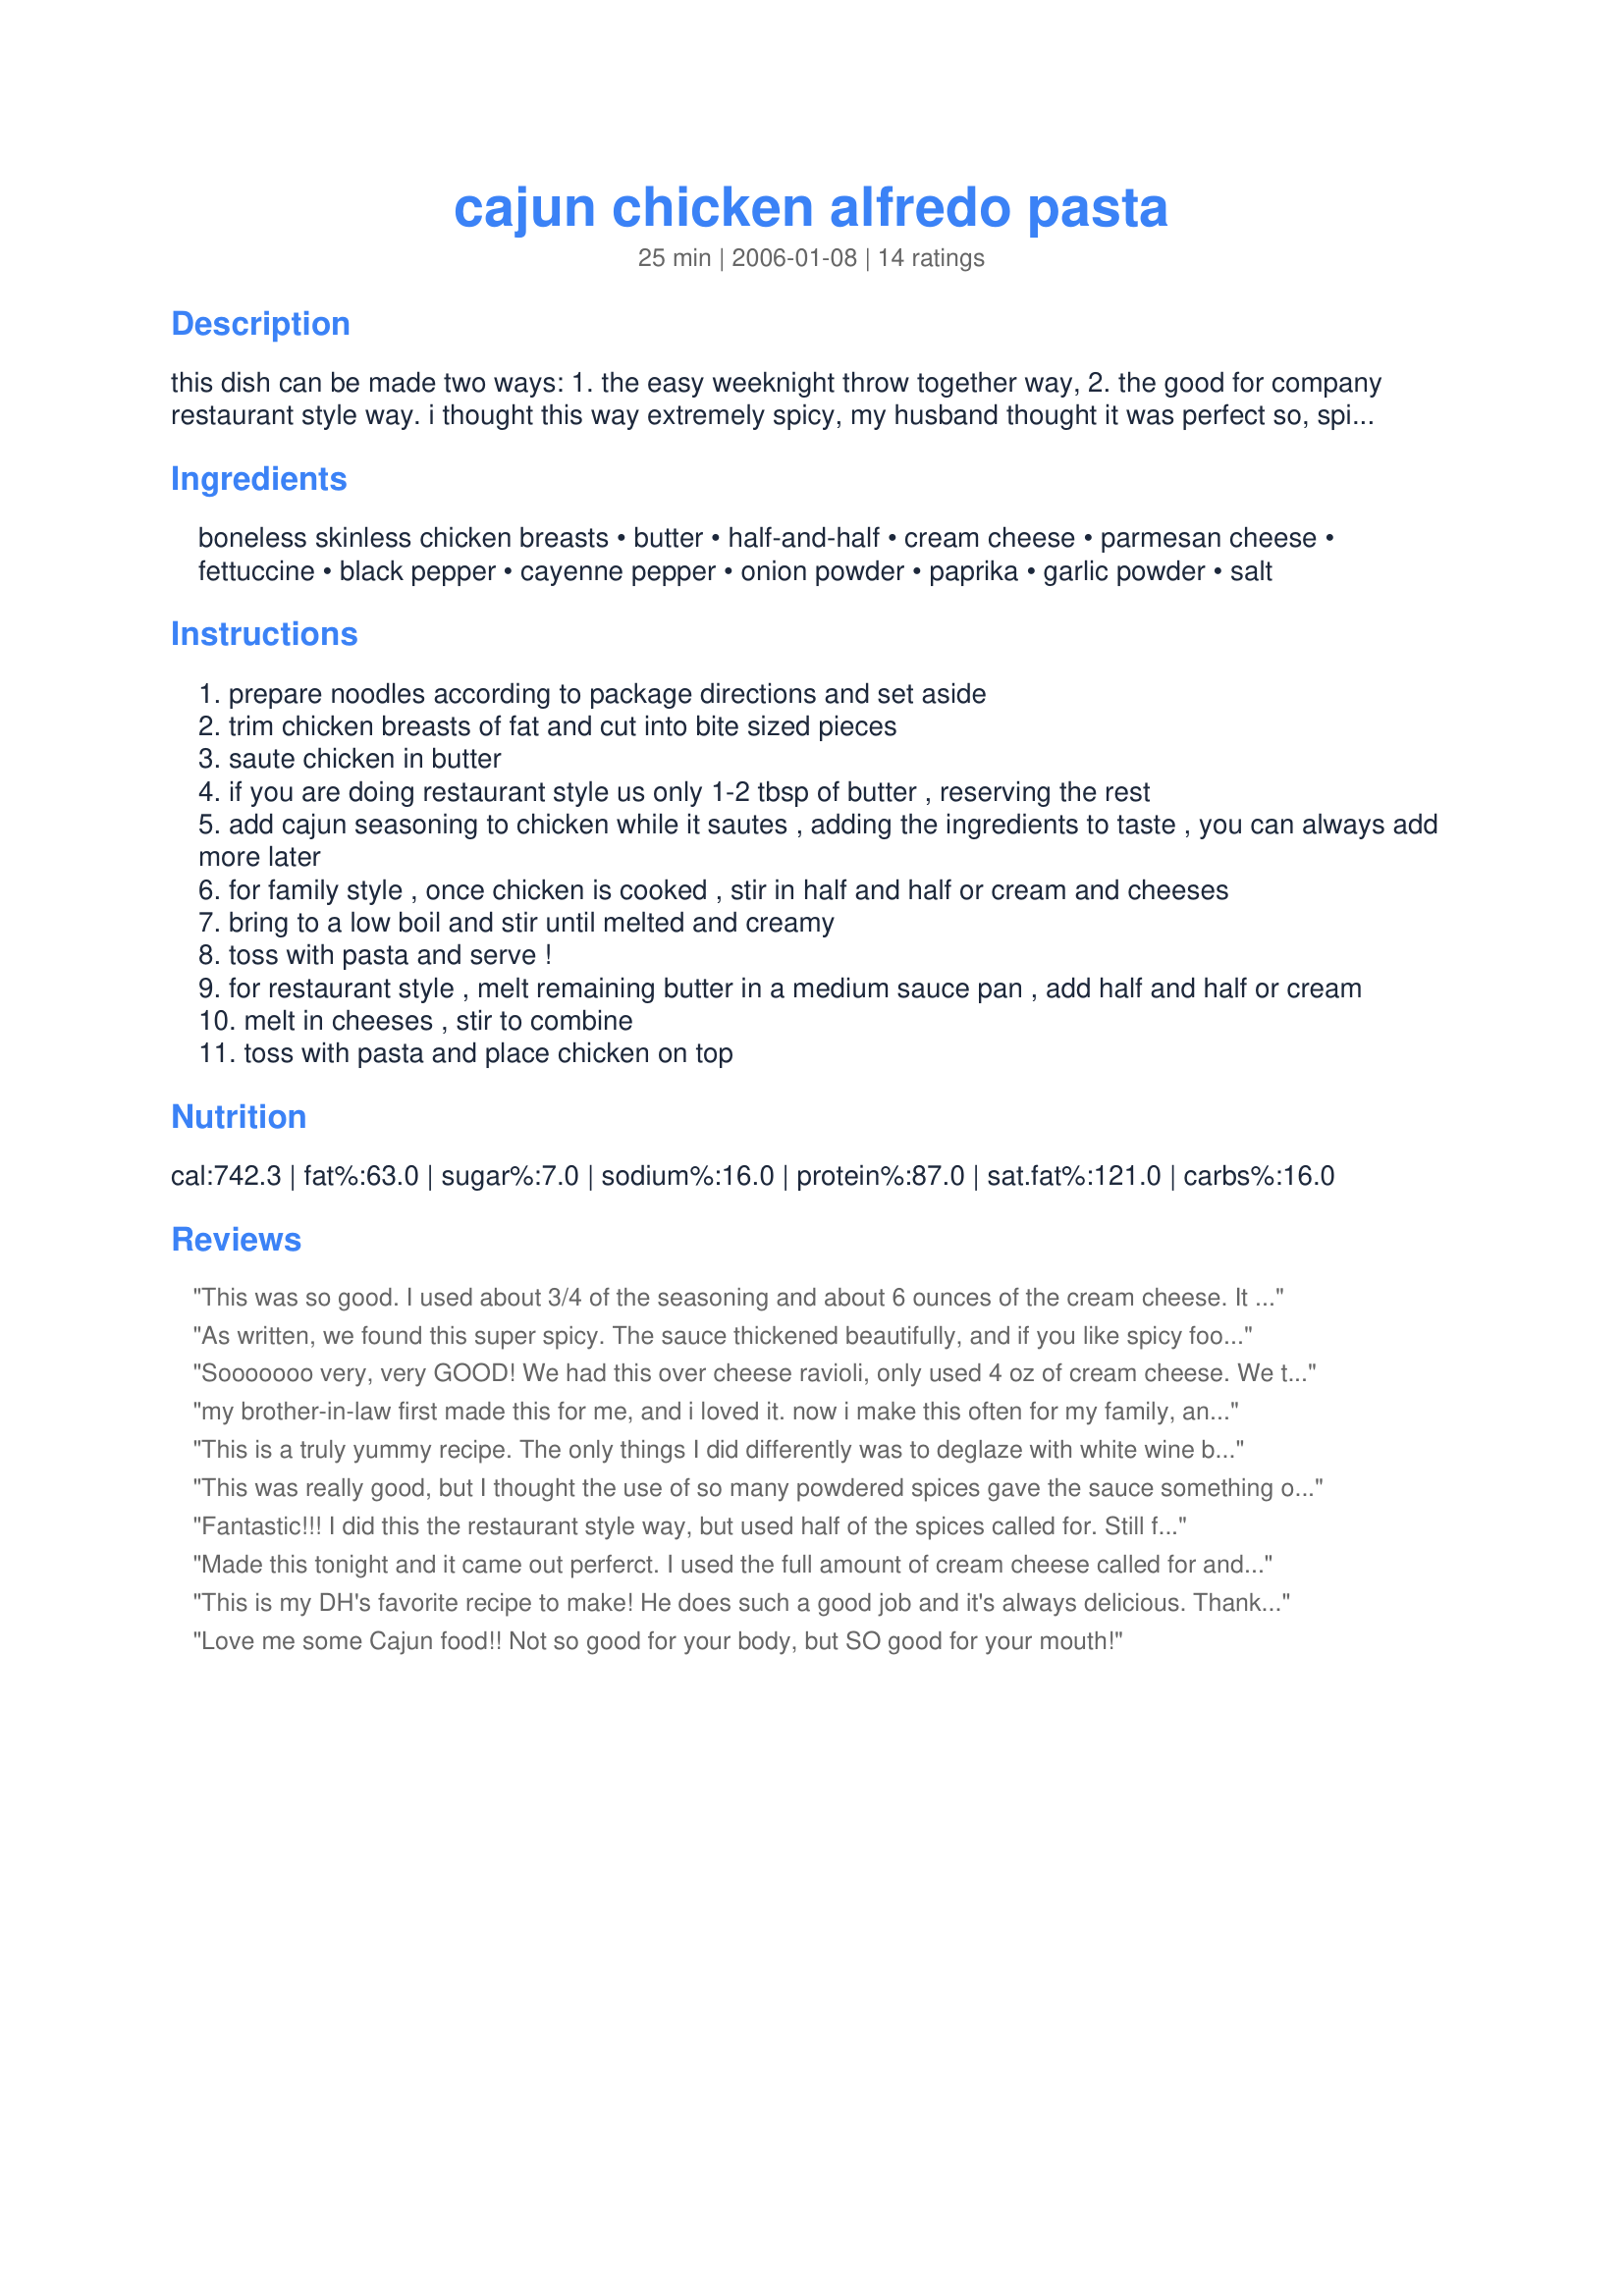
cajun chicken alfredo pasta
Preparation time: 25 minutes

this dish can be made two ways: 1. the easy weeknight throw together way, 2. the good for company restaurant style way. i thought this way extremely spicy, my husband thought it was perfect so, spice to taste. serve with salad and bread! i made the cream cheese a range, i prefer it with less but have added more to cut the spiciness when making it for both of us, so taste and add as desired.

Ingredients:
boneless skinless chicken breasts, butter, half-and-half, cream cheese, parmesan cheese, fettuccine, black pepper, cayenne pepper, onion powder, paprika, garlic powder, salt

Steps:
prepare noodles according to package directions and set aside
trim chicken breasts of fat and cut into bite sized pieces
saute chicken in butter
if you are doing restaurant style us only 1-2 tbsp of butter , reserving the rest
add cajun seasoning to chicken while it sautes , adding the ingredients to taste , you can always add more later
for family style , once chicken is cooked , stir in half and half or cream and cheeses
bring to a low boil and stir until melted and creamy
toss with pasta and serve !
for restaurant style , melt remaining butter in a medium sauce pan , add half and half or cream
melt in cheeses , stir to combine
toss with pasta and place chicken on top

Reviews:
This was so good. I used about 3/4 of the seasoning and about 6 ounces of the cream cheese. It was wonderful. Next time, I'll use all seasoning. It wasn't that hot with 3/4 of it. Thanks for sharing. Will fix again.
As written, we found this super spicy. The sauce thickened beautifully, and if you like spicy food, this is great.
Sooooooo very, very GOOD! We had this over cheese ravioli, only used 4 oz of cream cheese. We thought the spice was wonderful, as we love spicy food. I actually forgot the parmesan, and honestly we didn't miss it. I added mushrooms, red onion, and omitted the onion powder (personal preference). Thanks for posting. :)
my brother-in-law first made this for me, and i loved it. now i make this often for my family, and we all love it, even my 4yo. i make as directed and it's always great. note of advice: stir the sauce a lot, don't leave it alone for too long or it's not as smooth. overall GREAT!
This is a truly yummy recipe. The only things I did differently was to deglaze with white wine before adding the cream, and then I added about 1/2 cup chopped scallions. WONDERFUL!
This was really good, but I thought the use of so many powdered spices gave the sauce something of a grainy texture. Next time I make it -- and I will definitely make it again -- I think I'm going to try halving the amounts of the spices and adding a splash (or several splashes!) of Louisiana hot sauce. 

Also, I made it family style and used farfalle instead of fettucine. I think the farfalle held the sauce better than fettucine would have.
Fantastic!!!
I did this the restaurant style way, but used half of the spices called for. Still full of flavor, but not too hot for us. Thanks bunches for the great recipe!PeggyLynn
Made this tonight and it came out perferct. I used the full amount of cream cheese called for and found the spices to be a great balance. Only change I made was adding about a cup on broccoli floret as I am always trying to sneak veggies into my kids meals. Thanks for a great recipe will surely make this again.
This is my DH's favorite recipe to make! He does such a good job and it's always delicious. Thank you for posting!
Love me some Cajun food!! Not so good for your body, but SO good for your mouth!
id probabaly not make it as spicy next time.
This was very good! I love spicy food so it really hit the spot! The only change that I would make is to use a little less butter when sauteing the chicken -- I used the full amount and it made the sauce a little too greasy. It tasted very good though, and I will definitely make again!
This was great!
I used all the spices but half a teaspoon of black pepper. The cream cheese really did balance out the kick from the spices.
My husband and I really enjoyed this! 
Thanks for a keeper MommyMakes!
I didn't have any leftovers......do I need to say more?! Used the full amount of spices, only 4 oz of cream cheese, and it was perfect! very rich and yummie! I served it with roasted asparagus on the side. Thanks for sharing! This is definitly a keeper in my house!
